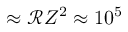
\approx \mathcal { R } Z ^ { 2 } \approx 1 0 ^ { 5 }